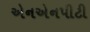
એનએનપીટી